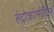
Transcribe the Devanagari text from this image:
हेट्रोक्रोमौटिन